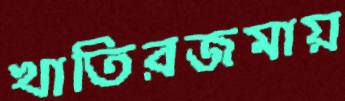
খাতিরজমায়